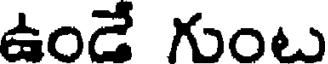
ఉండే గుంటు